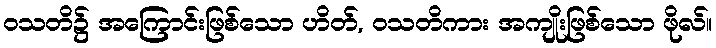
ဝသတိ၌ အကြောင်းဖြစ်သော ဟိတ်, ဝသတိကား အကျိုးဖြစ်သော ဖိုလ်။